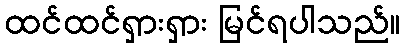
ထင်ထင်ရှားရှား မြင်ရပါသည်။